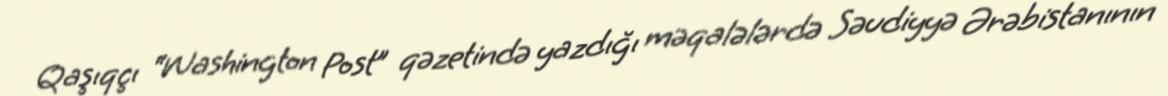
Qaşıqçı “Washington Post” qəzetində yazdığı məqalələrdə Səudiyyə Ərəbistanının